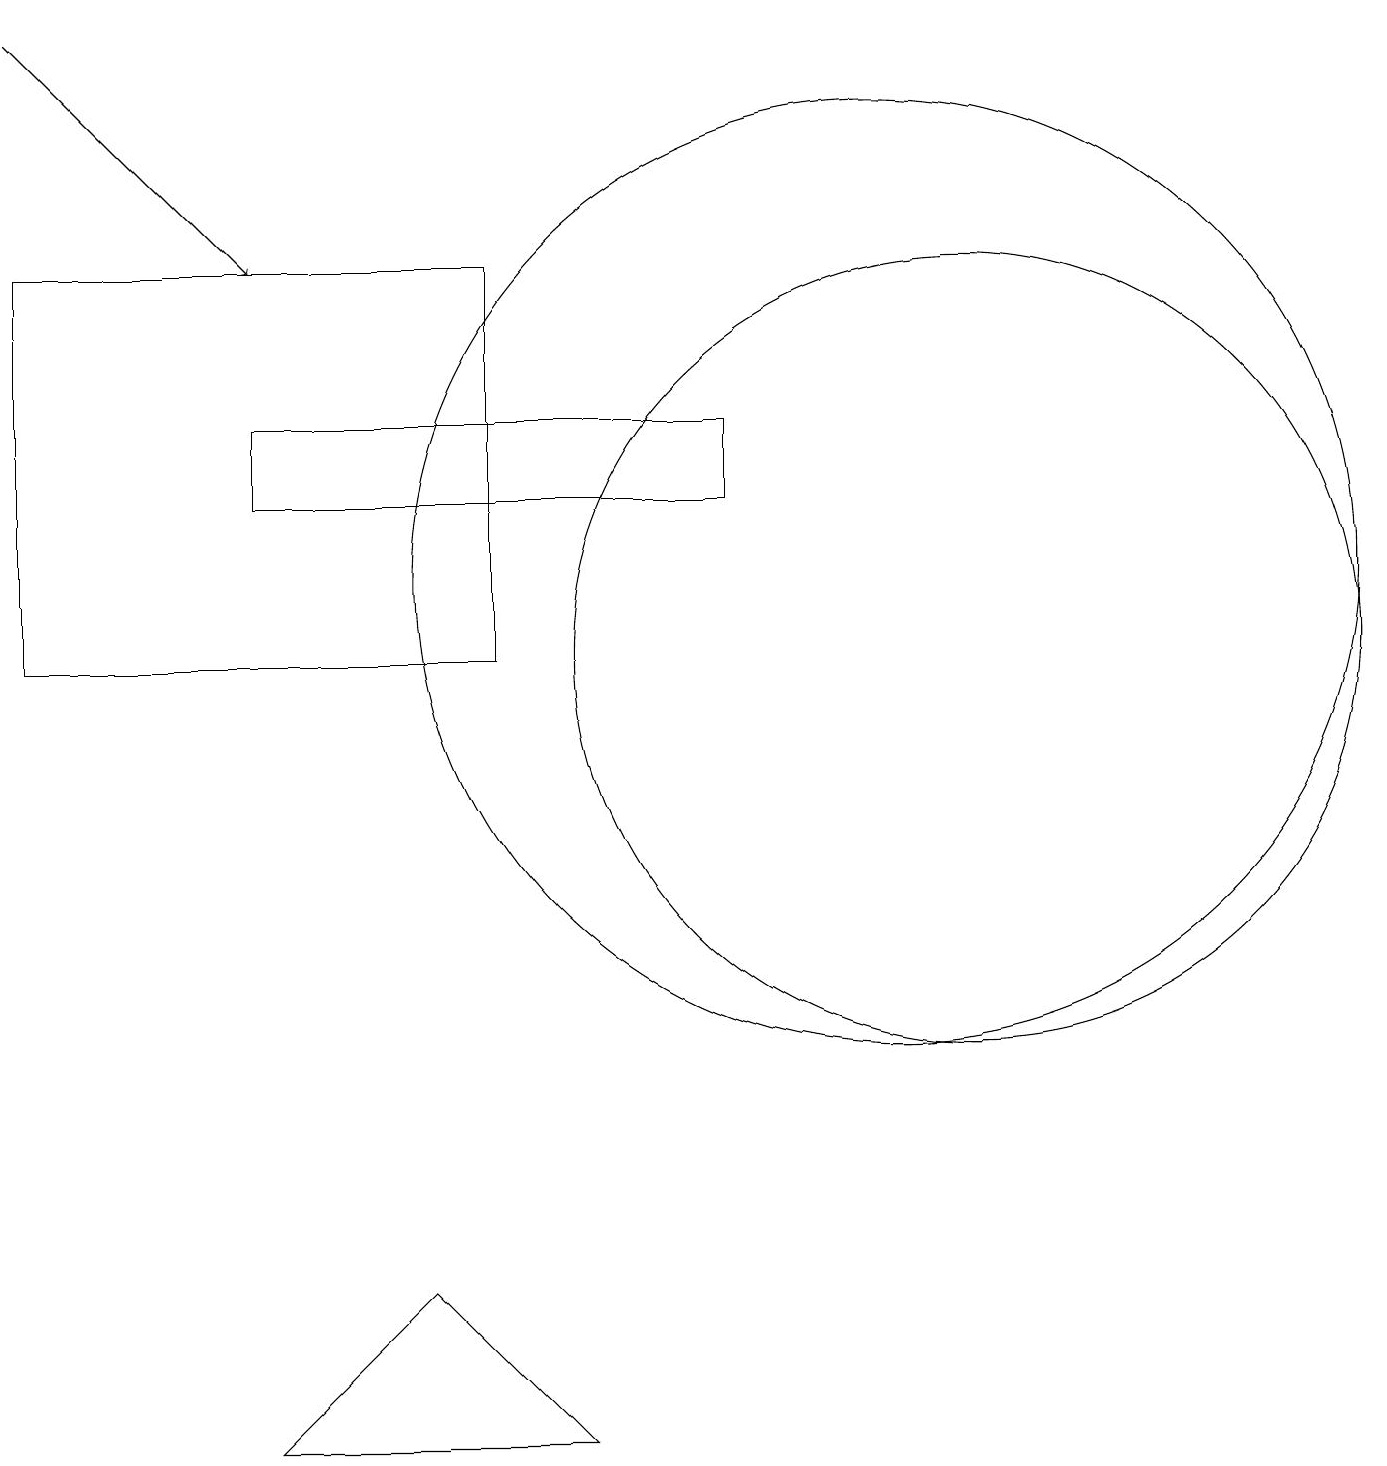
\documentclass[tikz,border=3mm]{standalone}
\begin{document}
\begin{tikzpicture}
\draw (5,2) -- (3,0) -- (7,0) -- cycle;
\draw (0,15) rectangle (6,10);
\draw (11,11) circle (6);
\draw[->] (0,18) -- (3,15);
\draw (11,10) circle (0);
\draw (9,13) rectangle (3,12);
\draw (12,10) circle (5);
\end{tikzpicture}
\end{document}